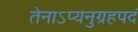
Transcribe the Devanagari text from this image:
तेनाऽप्यनुग्रहपदं